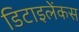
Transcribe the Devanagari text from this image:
डिटाइलेंकस